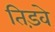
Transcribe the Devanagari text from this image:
तिड़वे